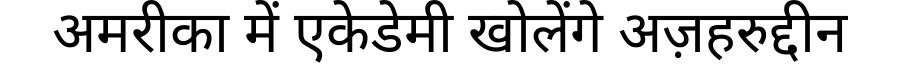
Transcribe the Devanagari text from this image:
अमरीका में एकेडेमी खोलेंगे अज़हरुद्दीन